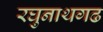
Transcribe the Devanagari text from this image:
रघुनाथगढ